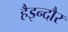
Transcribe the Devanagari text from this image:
हैइन्दौर